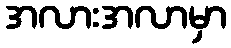
အလားအလာမှာ